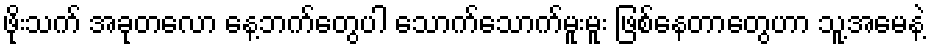
ဖိုးသက် အခုတလော နေ့ဘက်တွေပါ သောက်သောက်မူးမူး ဖြစ်နေတာတွေဟာ သူ့အမေနဲ့